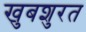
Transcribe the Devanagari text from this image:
खुबशुरत